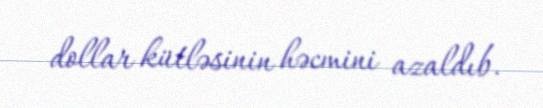
dollar kütləsinin həcmini azaldıb.